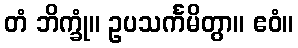
တံ ဘိက္ခုံ။ ဥပသင်္ကမိတွာ။ ဧဝံ။